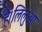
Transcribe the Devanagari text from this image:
है।लिलुआ